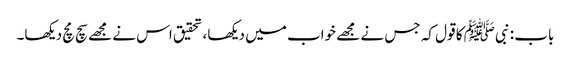
باب : نبیﷺ کا قول کہ جس نے مجھے خواب میں دیکھا، تحقیق اس نے مجھے سچ مچ دیکھا۔